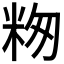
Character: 𬖕